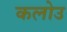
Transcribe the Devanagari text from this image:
कलोउ